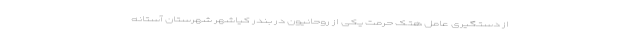
از دستگیری عامل هتک حرمت یکی از روحانیون در بندر کیاشهر شهرستان آستانه